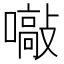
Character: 𡁞